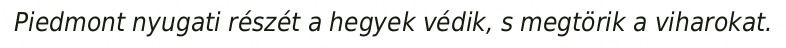
Piedmont nyugati részét a hegyek védik, s megtörik a viharokat.